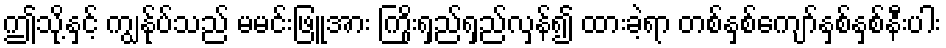
ဤသို့နှင့် ကျွန်ုပ်သည် မမင်းဖြူအား ကြိုးရှည်ရှည်လှန်၍ ထားခဲ့ရာ တစ်နှစ်ကျော်နှစ်နှစ်နီးပါး